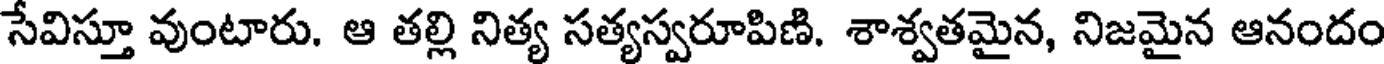
సేవిస్తూ వుంటారు. ఆ తల్లి నిత్య సత్యస్వరూపిణి. శాశ్వతమైన, నిజమైన ఆనందం